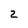
Character: 2